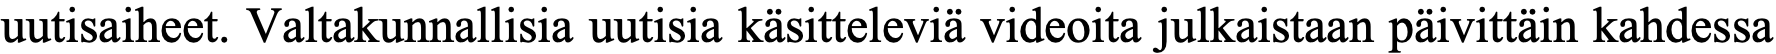
uutisaiheet. Valtakunnallisia uutisia käsitteleviä videoita julkaistaan päivittäin kahdessa